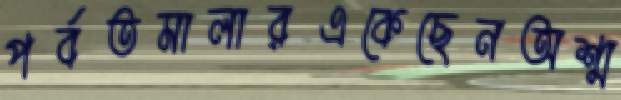
পর্বতমালারএকেছেনঅশ্ম